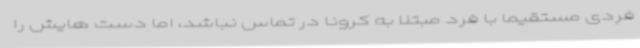
فردی مستقیما با فرد مبتلا به کرونا در تماس نباشد، اما دست هایش را